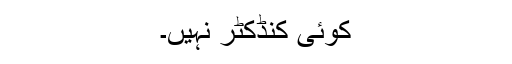
کوئی کنڈکٹر نہیں۔